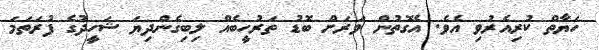
ހަޔާތް ކުރިއެރުވި އެވެ. އެގޮތުން ވަރަށް ބޮޑު ތަރުހީބެއް ލިބިގެންދިޔަ ޝަހީދުގެ ފުރަތަމަ